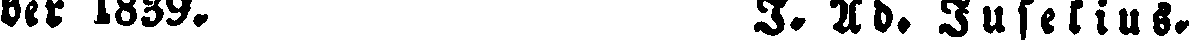
der 1839. J. Ad. Juselius.